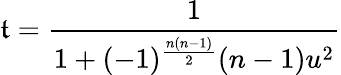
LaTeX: \mathfrak{t}={\frac{{1}}{{1+(-1)^{\frac{{n(n-1)}}{{2}}}(n-1)u^{2}}}}